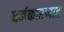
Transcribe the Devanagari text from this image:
धर्मकारणात